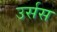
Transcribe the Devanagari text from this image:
उर्सस